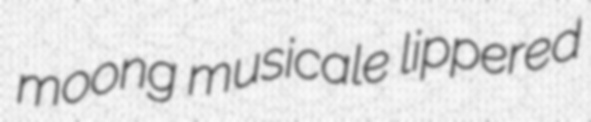
moong musicale lippered